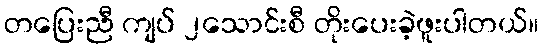
တပြေးညီ ကျပ် ၂သောင်းစီ တိုးပေးခဲ့ဖူးပါတယ်။